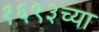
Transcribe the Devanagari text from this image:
१६९३च्या